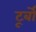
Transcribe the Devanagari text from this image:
टूर्बो